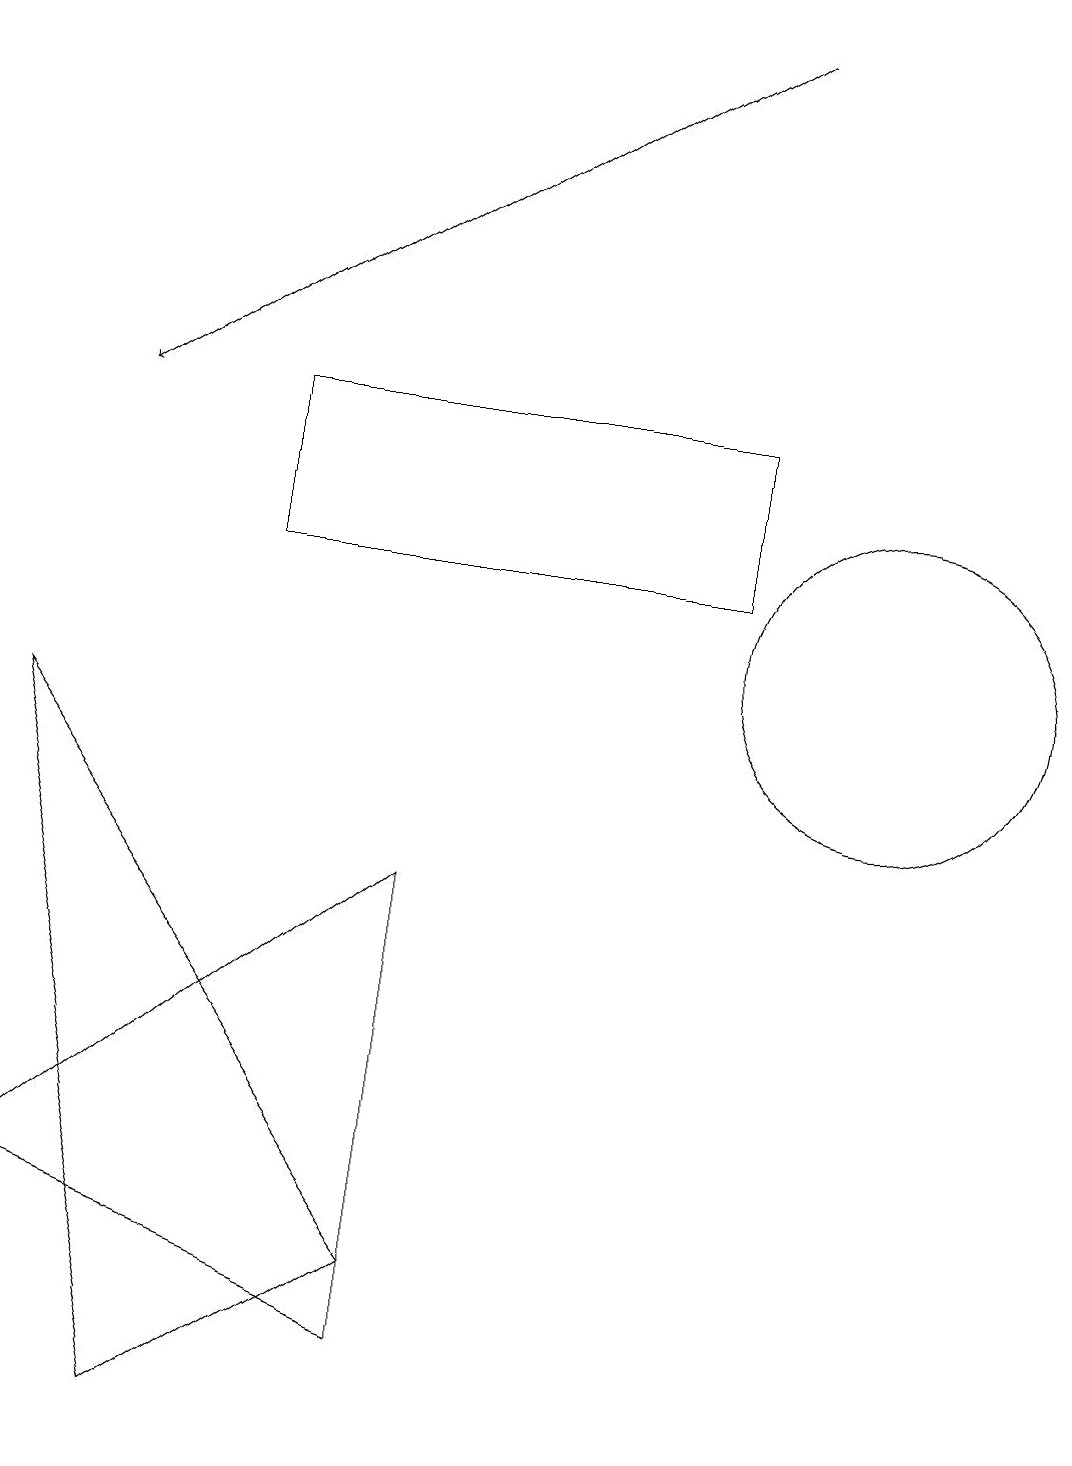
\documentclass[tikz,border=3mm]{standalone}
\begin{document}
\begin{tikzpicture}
\draw[->] (9,18) -- (1,13);
\draw (3,13) rectangle (9,11);
\draw (0,9) -- (2,0) -- (5,2) -- cycle;
\draw (11,10) circle (2);
\draw (0,3) -- (5,7) -- (5,1) -- cycle;
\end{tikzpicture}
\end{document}